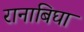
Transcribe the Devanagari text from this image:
रानाबिघा